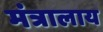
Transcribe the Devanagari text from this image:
मंत्रालाय